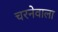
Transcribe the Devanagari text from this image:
चरनेवाला